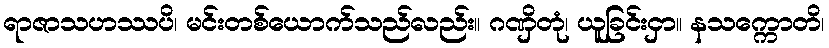
ရာဇာသဟဿပိ၊ မင်းတစ်ယောက်သည်လည်း။ ဂဏှိတုံ၊ ယူခြင်းငှာ။ နသက္ကောတိ၊